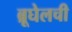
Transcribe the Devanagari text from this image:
ब्रूघेलची